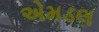
એમડલ